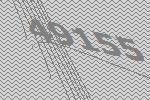
49155